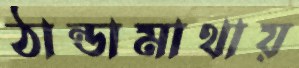
ঠান্ডামাথায়